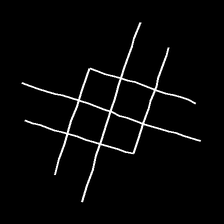
Glyph: crystal